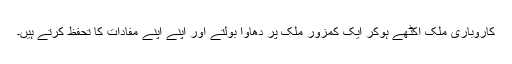
کاروباری ملک اکٹھے ہوکر ایک کمزور ملک پر دھاوا بولتے اور اپنے اپنے مفادات کا تحفظ کرتے ہیں۔